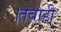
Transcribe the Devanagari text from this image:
।तबाही